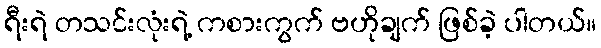
ရီးရဲ တသင်းလုံးရဲ့ ကစားကွက် ဗဟိုချက် ဖြစ်ခဲ့ ပါတယ်။